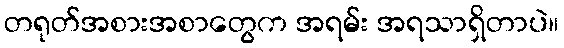
တရုတ်အစားအစာတွေက အရမ်း အရသာရှိတာပဲ။